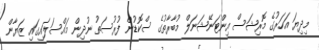
މިދިޔަ އަހަރުގެ މޮރިޝަސް އިންޓަނޭޝަނަލް މުބާރާތުގެ ސްކޮޑުން ފުރުސަތު ނުދިން މައްސަލައިގައި ޒަޔާން